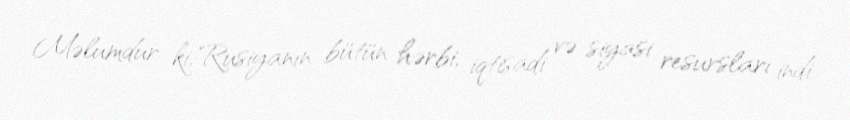
Məlumdur ki, Rusiyanın bütün hərbi, iqtisadi və siyasi resursları indi